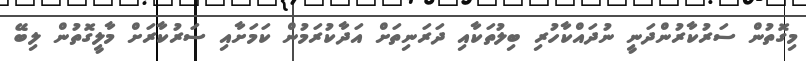
މިގޮތުން ސަރުކާރުންދަނީ ނުދައްކާހުރި ބިލުތަކާއި ދަރަނިތަށް އަދާކުރަމުން ކަމަށާއި ސަރުކާރަށް މާލީގޮތުން ލިބޭ